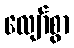
လျော်စွာ